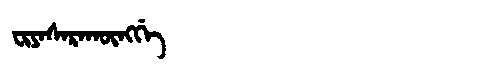
Manchu: ᠸᡳᠶᠠᠰᠠᡵᠠᡴᡡᠩᡤᡝ
Romanization: FIYASARAKŪNGGE